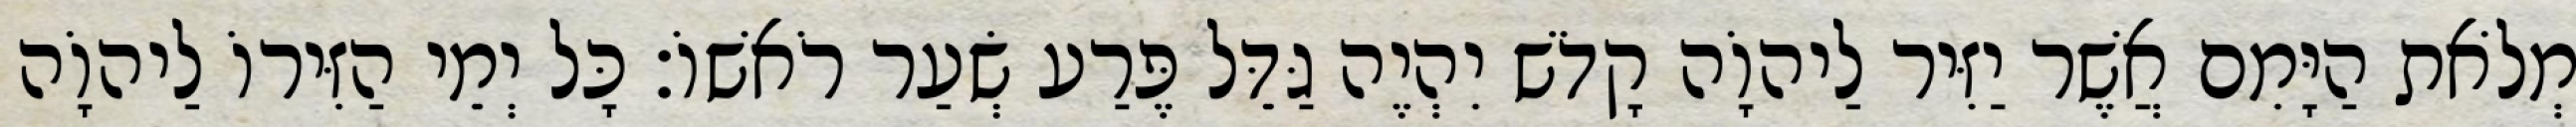
מְלֹאת הַיָּמִם אֲשֶׁר יַזִּיר לַיהוָֹה קָדֹשׁ יִהְיֶה גַּדֵּל פֶּרַע שְׂעַר רֹאשׁוֹ׃ כָּל יְמֵי הַזִּירוֹ לַיהוָֹה